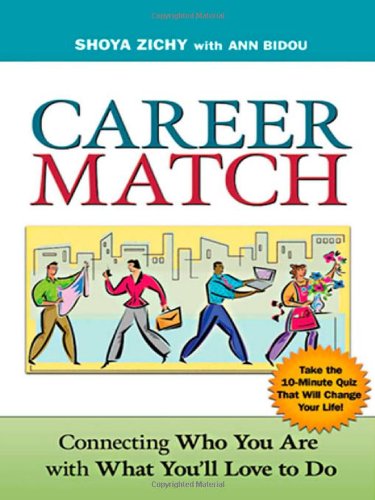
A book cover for Career Match: Connecting Who You Are with What You'll Love to Do; Shoya Zichy; Business & Money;